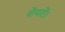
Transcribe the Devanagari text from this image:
शेयरों।